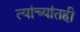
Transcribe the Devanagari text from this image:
त्यांच्यांतही